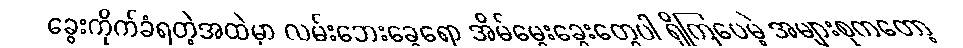
ခွေးကိုက်ခံရတဲ့အထဲမှာ လမ်းဘေးခွေရော အိမ်မွေးခွေးတွေပါ ရှိကြပေမဲ့ အများစုကတော့